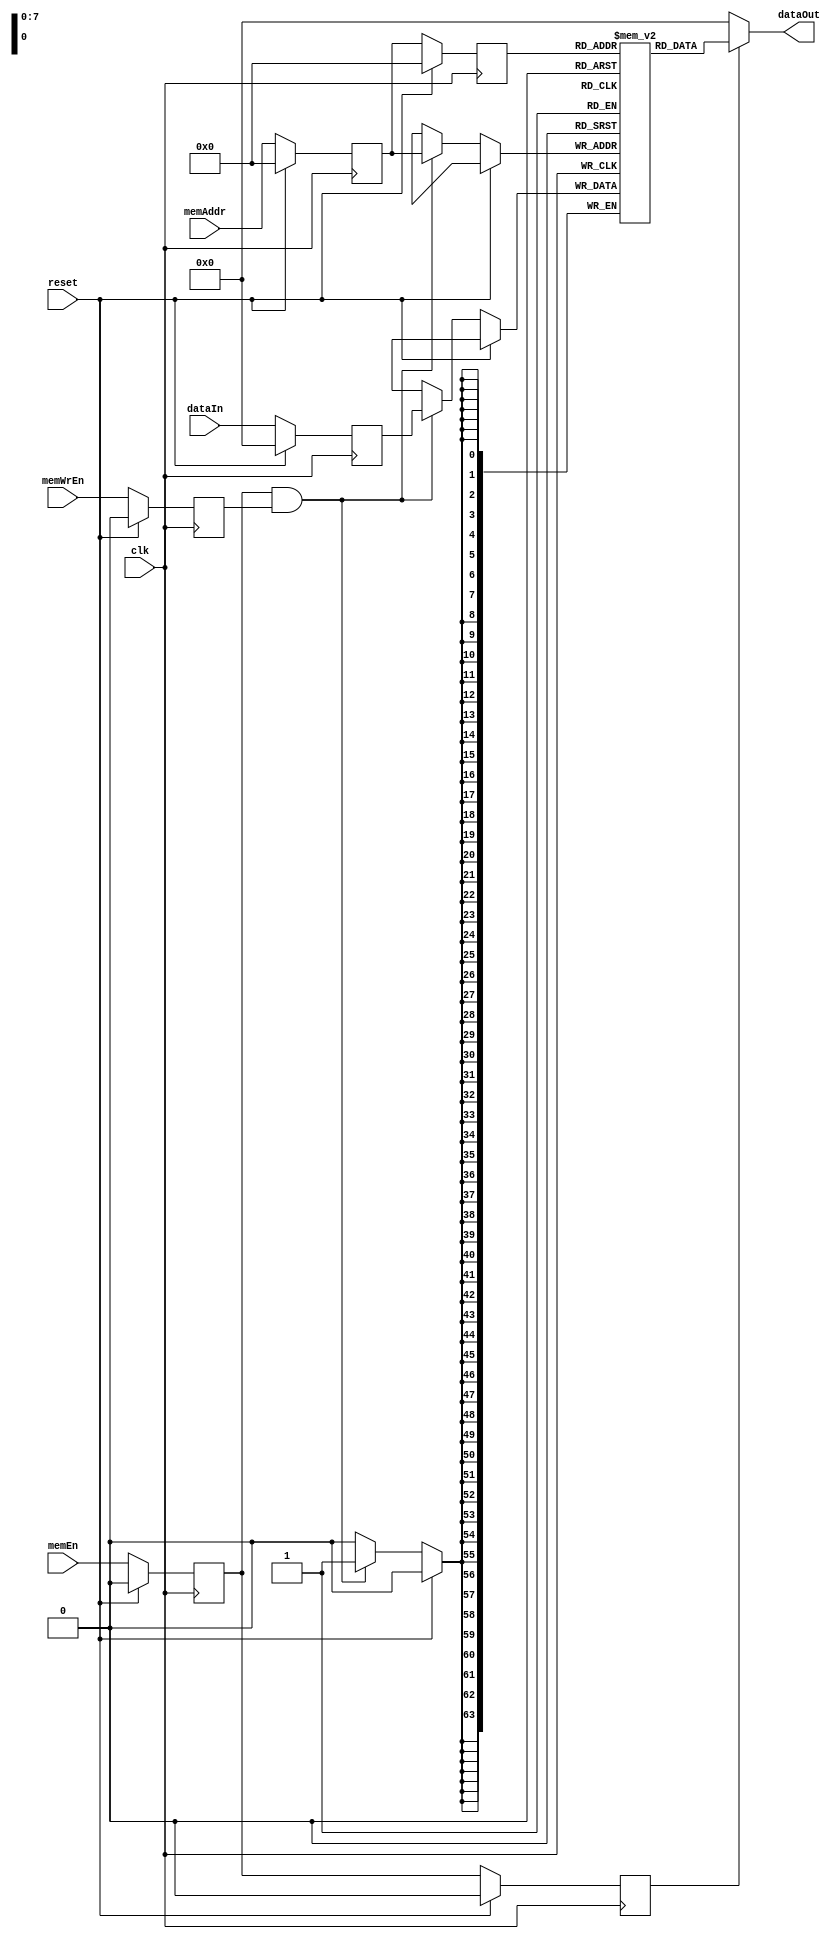
/////////////////////////////////////////////////////////////////////
// Project      : EE577B Spring2016 Gold SoC
// Description  : Data Memory For Gold Variable-width Processor 
// Version      : ver2
// Last Modified by : Aditya 
// Update Log   : last updated on 3/20/2016
// Ver2: update line75 from MEM[memAddr] to MEM[r_memAddr]
//
/////////////////////////////////////////////////////////////////////
`timescale 1ns/10ps

/*
            --	Addr     ------------
    Addr-->|  |-------->|            | data_out
           |  | Data    |   MEM      |------>
    Data-->|  |-------->|   64x256   |
           |  | Control |            |------>
Control -->|  |-------->|            | 
	        --			 ------------
	_____|________________|
 clk /reset

*/

module dmem (clk, reset, memEn, memWrEn, memAddr, dataIn, dataOut);
	input         clk;       // System Clock
	input         reset;      // System Reset
	input         memEn;     // Memory Enable
	input         memWrEn;   // Memory Write Enable
	input  [0:7]  memAddr;   // Memory Read/Write Address (8-bit)
	input  [0:63] dataIn;    // Memory WRITE Data
	output [0:63] dataOut;   // Memory READ Output

	// Memory Declaration
	reg [0:63] MEM[0:255];    // 64-wide, 256-deep memory
	
	// Registered Inputs
	reg r_memEn; 			// registered memEn
	reg [0:7] r_memAddr; 	// registered memAddr
	reg r_memWrEn;			// registered memWrEn
	reg [0:63] r_dataIn;	// registered write data
	
	// Signals for 2-clock delays for READs
	reg r_r_memEn;				// 2-stage delayed memEn
	reg [0:7] r_r_memAddr;		//2-stage delayed Addr for READ

	// READ Operation (2-clock cycle latency)
	assign dataOut = r_r_memEn ? MEM[r_r_memAddr] : 64'd0;
	
	// Input Registers
	// Synchronous WRITE Operation
	always @(posedge clk) begin
		if (reset) begin
			// Clear internal registers at reset
			r_memEn     <= 'd0;
			r_r_memEn   <= 'd0;
			r_memAddr   <= 'd0;
			r_r_memAddr <= 'd0;
			r_memWrEn   <= 'd0;
			r_dataIn    <= 'd0;
		end
		else begin
			r_memEn     <= memEn;
			r_memAddr   <= memAddr;
			r_r_memEn   <= r_memEn;
			r_r_memAddr <= r_memAddr;
			r_memWrEn   <= memWrEn;
			r_dataIn    <= dataIn;
			
			if (r_memEn & r_memWrEn) begin
				MEM[r_memAddr] <= r_dataIn;
			end
		end
	end

endmodule